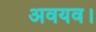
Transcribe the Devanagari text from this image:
अवयव।